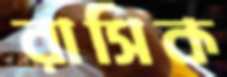
রাসিক